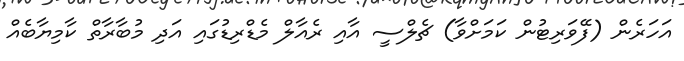
އަހަރެން (ފޭވަރިޓުން ކަމަށްވާ) ޗެލްސީ އާއި ރެއާލް މެޑްރިޑުގައި އަދި މުބާރާތް ކާމިޔާބެއް